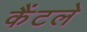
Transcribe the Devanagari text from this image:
कैंटले